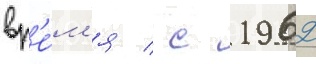
вр'е́м'я / с 1962